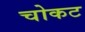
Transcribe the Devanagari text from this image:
चोकट